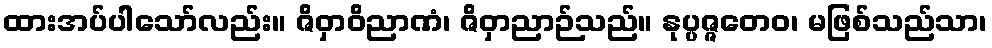
ထားအပ်ပါသော်လည်း။ ဇိဝှာဝိညာဏံ၊ ဇိဝှာညာဉ်သည်။ နုပ္ပဇ္ဇတေဝ၊ မဖြစ်သည်သာ၊